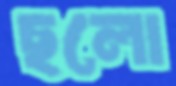
ছলো